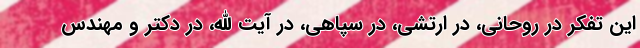
این تفکر در روحانی، در ارتشی، در سپاهی، در آیت الله، در دکتر و مهندس